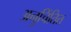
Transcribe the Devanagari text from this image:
अनुचिंतित